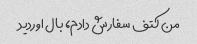
من کتف سفارش دادم، بال اوردید